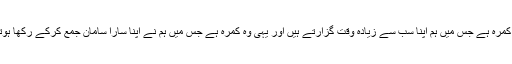
یہ وہ کمرہ ہے جس میں ہم اپنا سب سے زیادہ وقت گزارتے ہیں اور یہی وہ کمرہ ہے جس میں ہم نے اپنا سارا سامان جمع کرکے رکھا ہوتا ہے۔